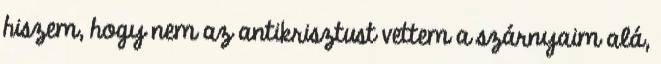
hiszem, hogy nem az antikrisztust vettem a szárnyaim alá,